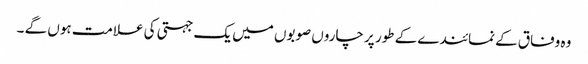
وہ وفاق کے نمائندے کے طور پر چاروں صوبوں میں یک جہتی کی علامت ہوں گے ۔